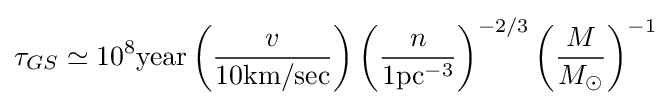
\tau _{GS}\simeq 10^{8}{\text{year}}\left({\frac {v}{10{\text{km/sec}}}}\right)\left({\frac {n}{1{\text{pc}}^{-3}}}\right)^{-2/3}\left({\frac {M}{M_{\odot }}}\right)^{-1}